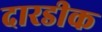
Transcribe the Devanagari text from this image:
दारडीक